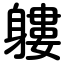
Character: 軁